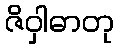
ဇိဝှါဓာတု